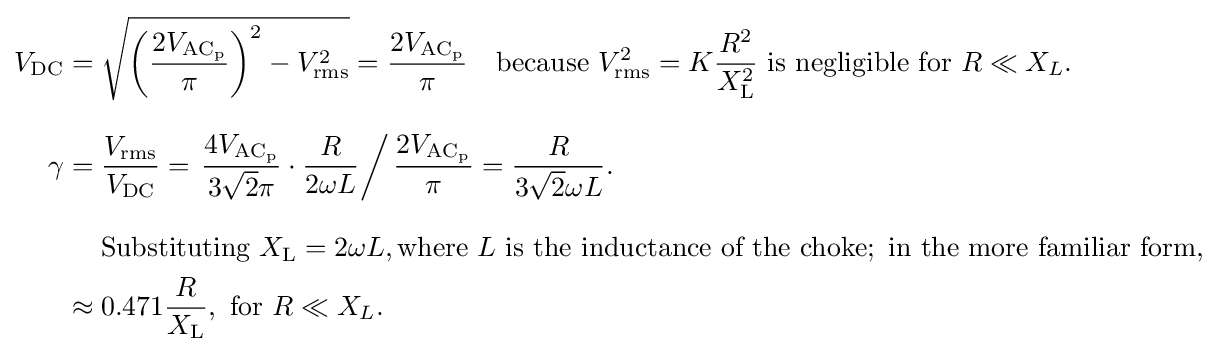
{\begin{aligned}V_{\mathrm {DC} }={}&{\sqrt {\left({\frac {2V_{\mathrm {AC_{p}} }}{\pi }}\right)^{2}-V_{\mathrm {rms} }^{2}}}={\frac {2V_{\mathrm {AC_{p}} }}{\pi }}\quad {\text{because }}V_{\mathrm {rms} }^{2}=K{\frac {R^{2}}{X_{\mathrm {L} }^{2}}}{\text{ is negligible for }}R\ll X_{L}.\\[8pt]\gamma ={}&{\frac {V_{\mathrm {rms} }}{V_{\mathrm {DC} }}}=\left.{\frac {4V_{\mathrm {AC_{p}} }}{3{\sqrt {2}}\pi }}\cdot {\frac {R}{2\omega L}}\right/{\frac {2V_{\mathrm {AC_{p}} }}{\pi }}={\frac {R}{3{\sqrt {2}}\omega L}}.\\[8pt]&{\text{Substituting }}X_{\mathrm {L} }=2\omega L,{\text{where }}L{\text{ is the inductance of the choke}};{\text{ in the more familiar form,}}\\\approx {}&0.471{\frac {R}{X_{\mathrm {L} }}},{\text{ for }}R\ll X_{L}.\end{aligned}}